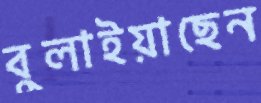
বুলাইয়াছেন